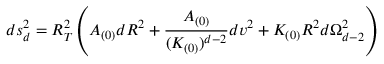
d s _ { d } ^ { 2 } = R _ { T } ^ { 2 } \left( A _ { ( 0 ) } d R ^ { 2 } + \frac { A _ { ( 0 ) } } { ( K _ { ( 0 ) } ) ^ { d - 2 } } d v ^ { 2 } + K _ { ( 0 ) } R ^ { 2 } d \Omega _ { d - 2 } ^ { 2 } \right)